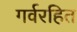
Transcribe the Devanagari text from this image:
गर्वरहित